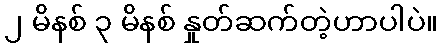
၂ မိနစ် ၃ မိနစ် နှုတ်ဆက်တဲ့ဟာပါပဲ။